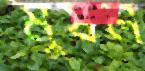
মুষল